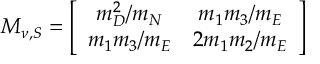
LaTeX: { \cal M } _ { \nu , S } = \left[ \begin{array} { c c } { { m _ { D } ^ { 2 } / m _ { N } } } & { { m _ { 1 } m _ { 3 } / m _ { E } } } \\ { { m _ { 1 } m _ { 3 } / m _ { E } } } & { { 2 m _ { 1 } m _ { 2 } / m _ { E } } } \end{array} \right]